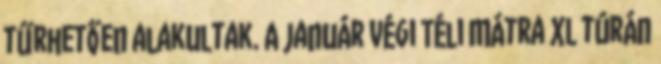
tűrhetően alakultak. A január végi Téli Mátra XL túrán